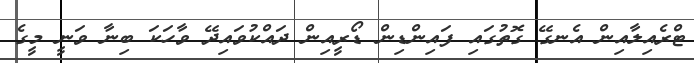
ޓްރެއިލާއިން އެނގޭ ގޮތުގައި ފައިންޑިން ޑޯރީއިން ދައްކުވައިދޭ ވާހަކަ ބިނާ ވަނީ މީގެ